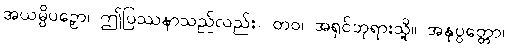
အယမ္ပိပဉှော၊ ဤပြဿနာသည်လည်း။ တဝ၊ အရှင်ဘုရားသို့။ အနုပ္ပတ္တော၊